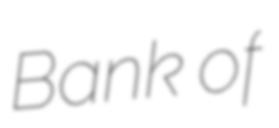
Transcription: Bank of